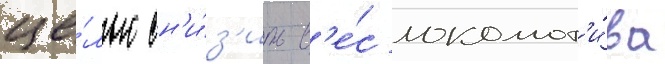
це́лью сн'и́з'ить в'е́с локомот'и́ва